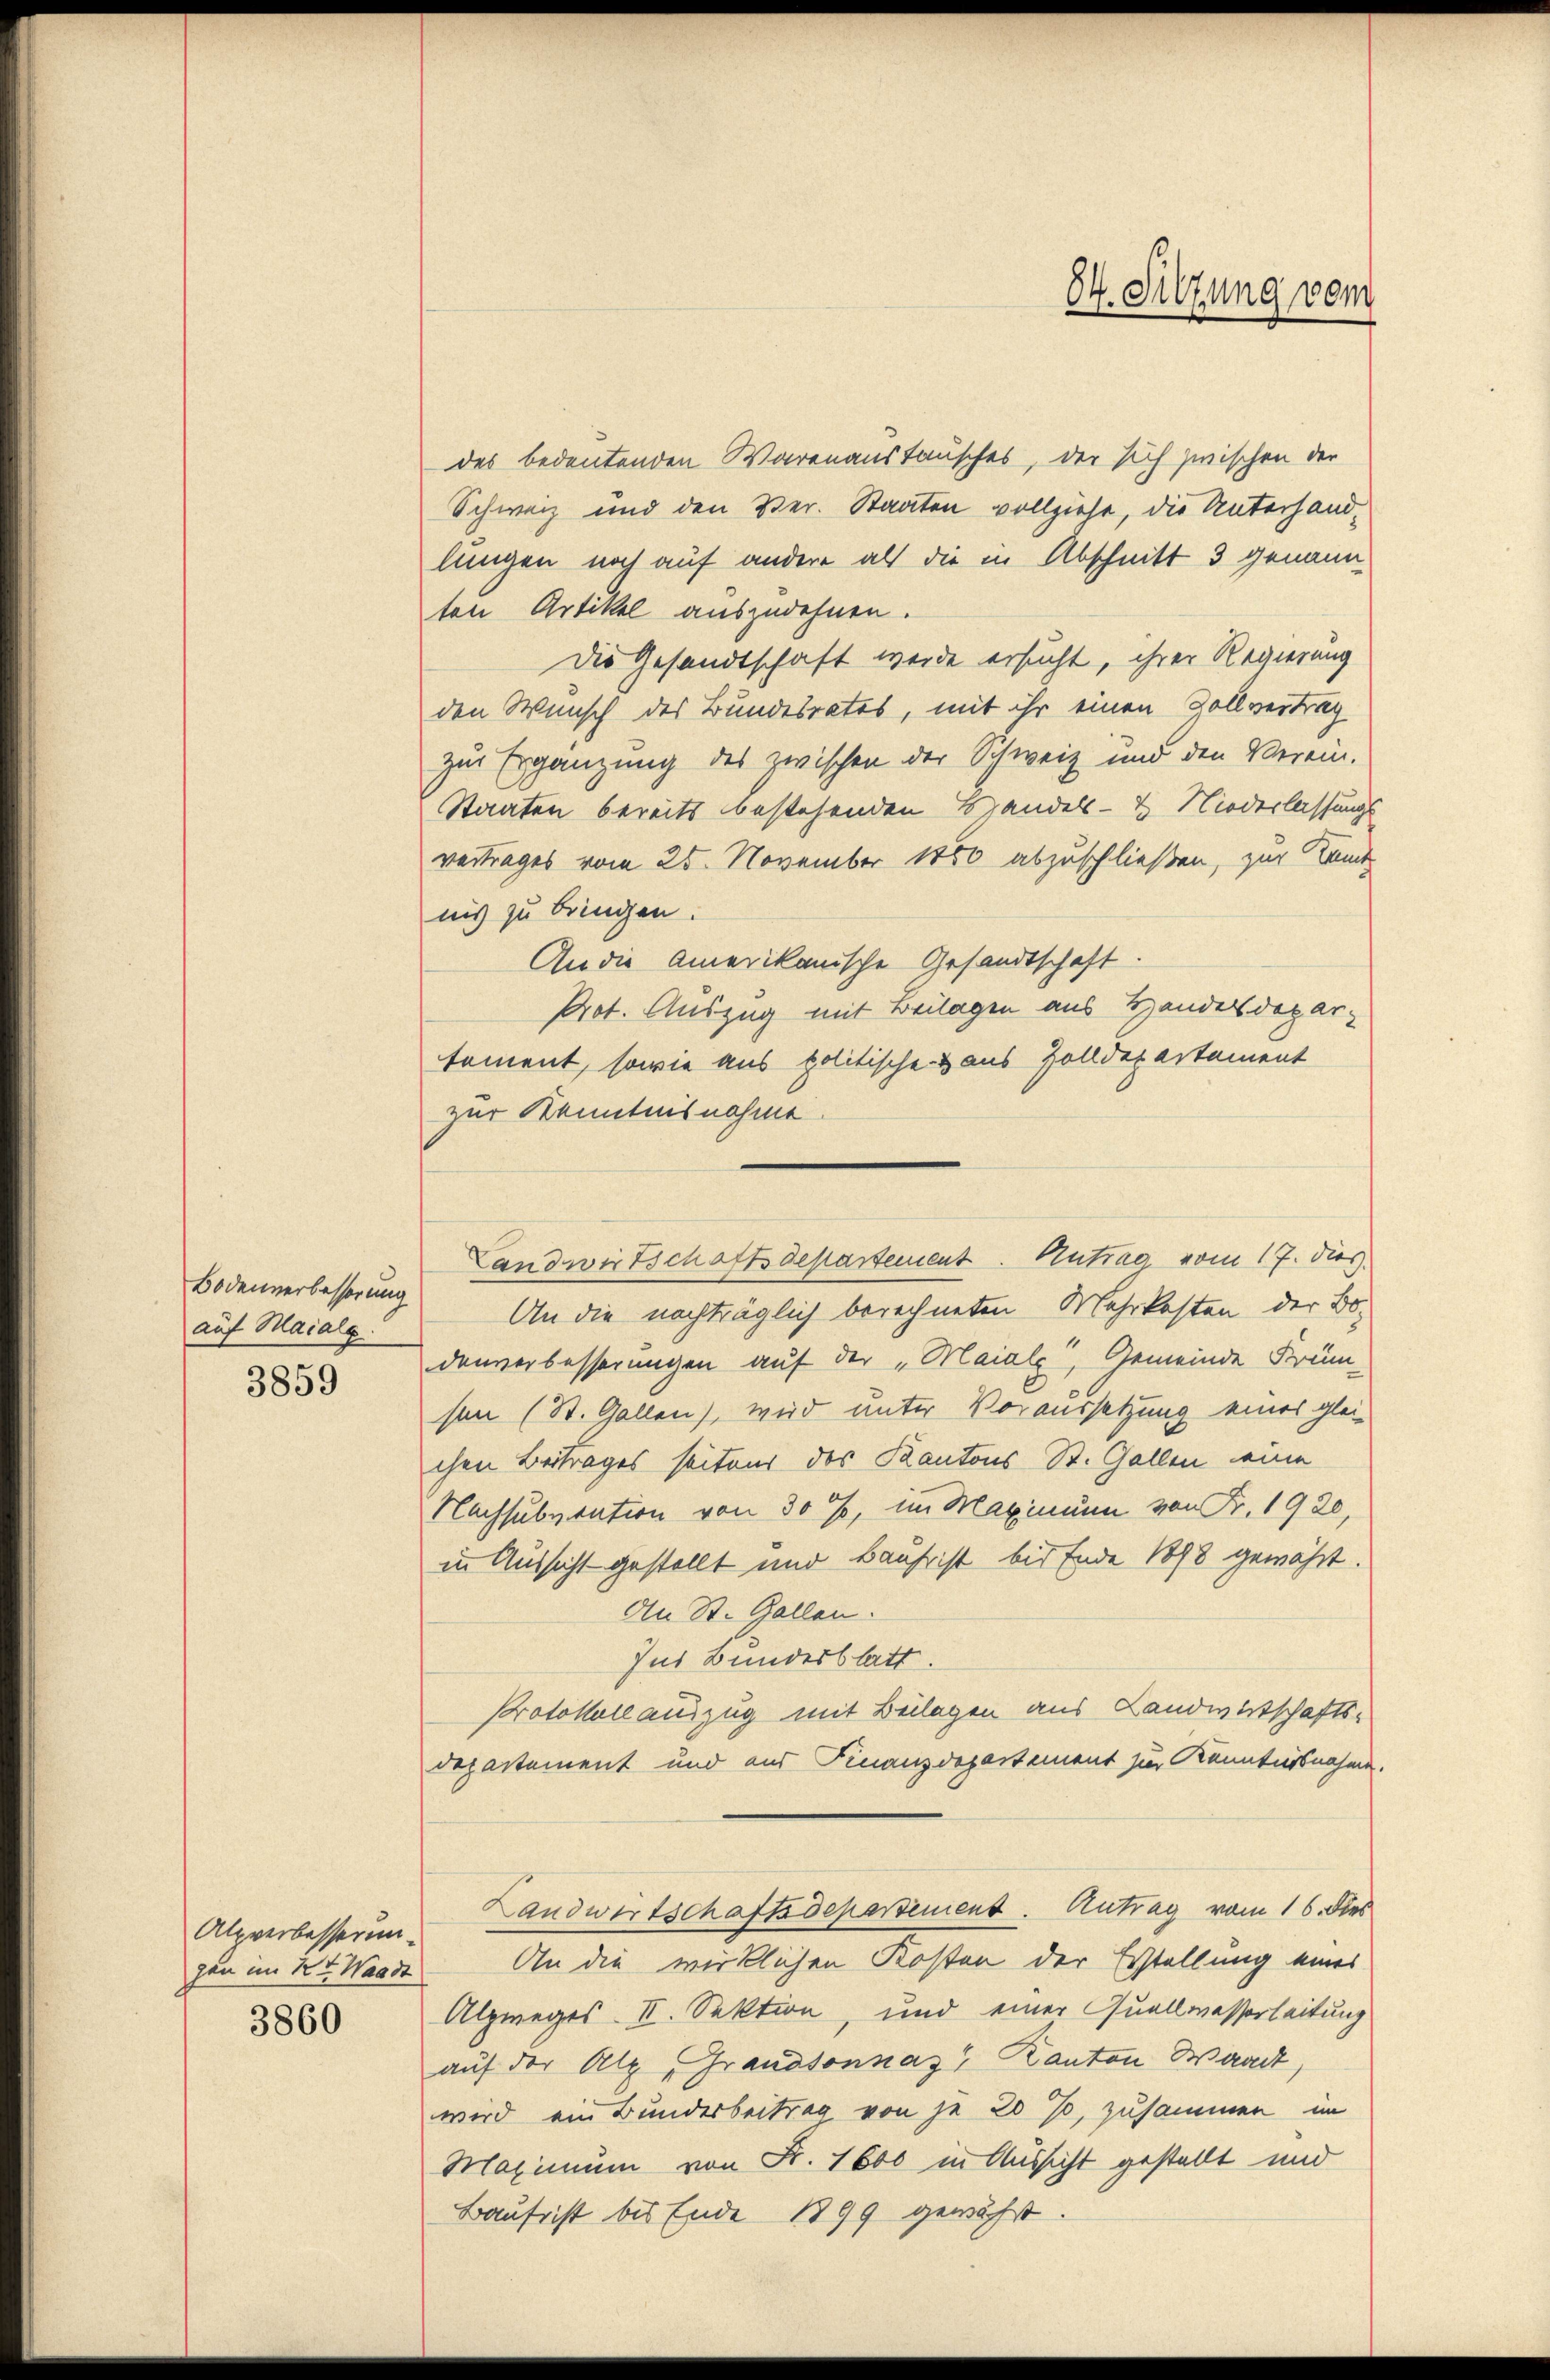
Bodenverbesserung
auf Maiale.
3859

Alpverbesserun¬
3860

des bedeutenden Warenaustausches, der sich zwischen der
Schweiz und den Ver- Staaten vollziehe, die Unterhandlungen noch auf andere als die in Abschnitt 3 genannten Artikel auszudehnen.
Die Gesandtschaft werde ersucht, ihrer Regierung
den Wunsch des Bundesrates, mit ihr einen Zollvertrag
zur Ergänzung des zwischen der Schweiz und den Verein.
Staaten bereits bestehenden Handels- & Niederlassungs
vertrages vom 25. November 1850 abzuschließen, zur Kant
nis zu bringen.
An die Amerikanische Gesandtschaft.
Prot. Auszug mit Beilagen aus Handersdepar
tament, sowie aus politische & aus Zolldepartement
zur Kenntnisnahme
Landwirtschaftsdepartement. Antrag vom 17. dies
An die nachträglich berechneten Mehrkosten der Bo-
denverbesserungen auf der „Maiale, Gemeinde Früm-
sen (St. Gallen), wird unter Voraussetzung eines gleichen Beitrages seitens des Kantons St. Gallen eine
Nachsubitation von 30 %, im Maximum von Fr. 1920,
in Aussicht gestellt und Baus ist bis Ende 1888 gewährt.
An St. Gallen.
Ins Bundesblatt.
Protokoll auszug mit Beilagen aus Landwirtschafts-
departement und aus Finanzdepartement zur Kenntnisnahme.
Landwirtschaftsdepartement. Antrag vom 16. dies
gen im Kt. Waadt An die wirklichen Kosten der Erstellung eines
Alzweges II. Sektion, und einer Quellwasserleitung
auf der Alp „Grandsonnaz" Kanton Waadt,
wird ein Bundesbeitrag von je 20 %, zusammen in
Maximum von Fr. 1600 in Aussicht gestellt und
Baufrist bis Ende 1899 gewählt

34. Sitzung vom